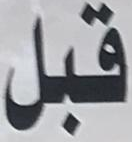
قبل